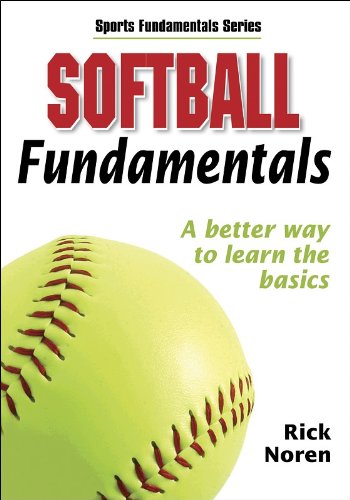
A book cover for Softball Fundamentals (Sports Fundamentals); Human Kinetics; Sports & Outdoors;